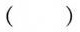
( )